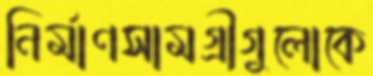
নির্মাণসামগ্রীগুলোকে